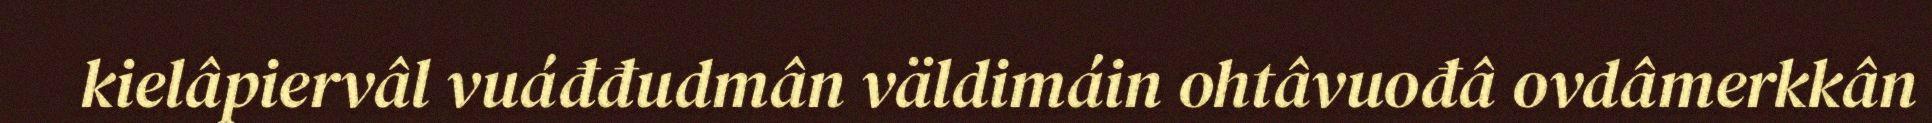
kielâpiervâl vuáđđudmân väldimáin ohtâvuođâ ovdâmerkkân